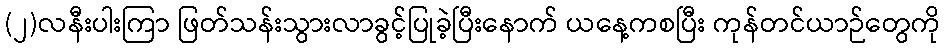
(၂)လနီးပါးကြာ ဖြတ်သန်းသွားလာခွင့်ပြုခဲ့ပြီးနောက် ယနေ့ကစပြီး ကုန်တင်ယာဉ်တွေကို